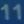
11